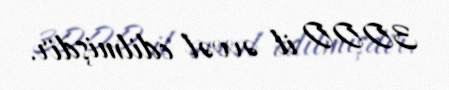
3000 il əvvəl edilmişdir.